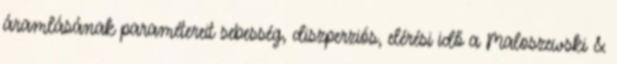
áramlásának paramétereit sebesség, diszperziós, elérési idő a Maloszewski &